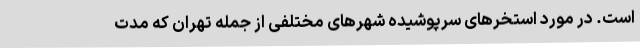
است. در مورد استخرهای سرپوشیده شهرهای مختلفی از جمله تهران که مدت